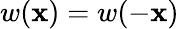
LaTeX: w(\mathbf{x})=w(-\mathbf{x})